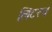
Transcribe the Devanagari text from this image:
लिटरच